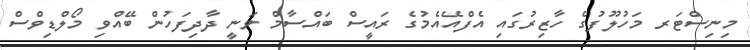
މިނިސްޓަރ މަހުލޫފުގެ ހާޒިރުގައި އެފްއޭއެމުގެ ރައީސް ބައްސާމް ވަނީ ދާދިފަހުން ބޭއްވި މޯލްޑިވްސް